Annual administration report of the Civil Veterinary Department of India - 1898-1899
Year: 1898
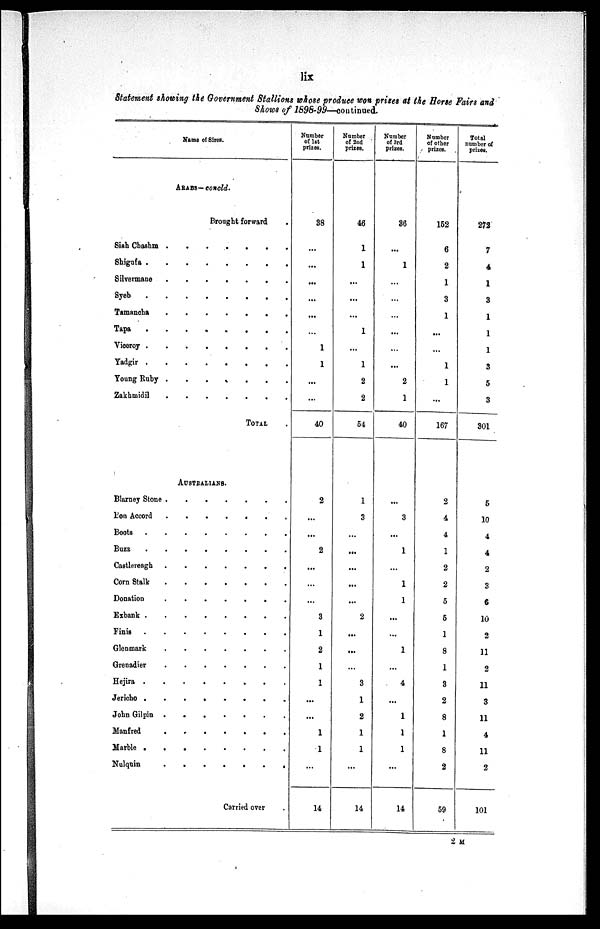
lix
Statement showing the Government Stallions whose produce won prizes at the Horse Fairs and
Shows of 1898-99—continued.
Name of Sires.
ARABS—concld.
Brought forward .
Siah Chashm . . . . . . . .
Shigufa
.
.
.
.
.
.
.
.
Silvermane
.
.
.
.
.
.
.
.
Syeb
.
.
.
.
.
.
.
.
Tamancha
.
.
.
.
.
.
.
.
Tapa
.
.
.
.
.
.
.
.
Viceroy
.
.
.
.
.
.
.
.
Yadgir
.
.
.
.
.
.
.
.
Young Ruby . . . . . . . .
Zakhmidil
.
.
.
.
.
.
.
.
TOTAL .
AUSTRALIANS.
Blarney Stone
.
.
.
.
.
.
.
.
Pon Accord
.
.
.
.
.
.
.
.
Boots
.
.
.
.
.
.
.
.
Buzz
.
.
.
.
.
.
.
.
Castlereagh
.
.
.
.
.
.
.
.
Corn Stalk
.
.
.
.
.
.
.
.
Donation
.
.
.
.
.
.
.
.
Exbank
.
.
.
.
.
.
.
.
Finis
.
.
.
.
.
.
.
.
Glenmark
.
.
.
.
.
.
.
.
Grenadier
.
.
.
.
.
Hejira
.
.
.
.
.
.
.
.
Jericho
.
.
.
.
.
.
.
.
John Gilpin
.
.
.
.
.
.
.
.
Manfred
.
.
.
.
.
.
.
.
Marble
.
.
.
.
.
.
.
.
Nulqnin
.
.
.
.
.
.
.
.
Carried over .
Number
of 1st
prizes.
38
...
...
...
...
...
...
1
1
...
...
40
2
...
...
2
...
...
...
3
1
2
1
1
...
...
1
1
...
14
Number
of 2nd
prizes.
46
1
1
...
...
...
1
...
1
2
2
54
1
3
...
...
...
. ..
...
2
...
...
...
3
1
2
1
1
...
14
Number
of 3rd
prizes.
36
...
1
...
...
...
...
...
...
2
1
40
...
3
...
1
...
1
1
...
...
1
...
4
...
1
1
1
...
14
Number
of other
prizes.
152
6
2
1
3
1
...
...
1
1
...
167
2
4
4
1
2
2
5
5
1
8
1
3
2
8
1
8
2
59
Total
number of
prizes.
272
7
4
1
3
1
1
1
3
5
3
301
5
10
4
4
2
3
6
10
2
11
2
11
3
11
4
11
2
101
2 M